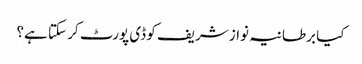
کیا برطانیہ نواز شریف کو ڈی پورٹ کر سکتا ہے؟